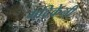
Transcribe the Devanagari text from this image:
मदिकेनी